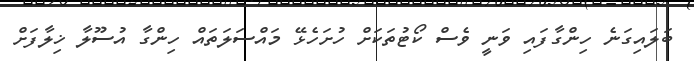
ބަލައިގަނެ ހިންގާފައި ވަނީ ވެސް ކޯޓުތަކަށް ހުށަހެޅޭ މައްސަލަތައް ހިންގާ އުސޫލާ ޚިލާފަށް